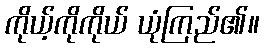
ကိုယ့်ကိုကိုယ် ယုံကြည်၏။